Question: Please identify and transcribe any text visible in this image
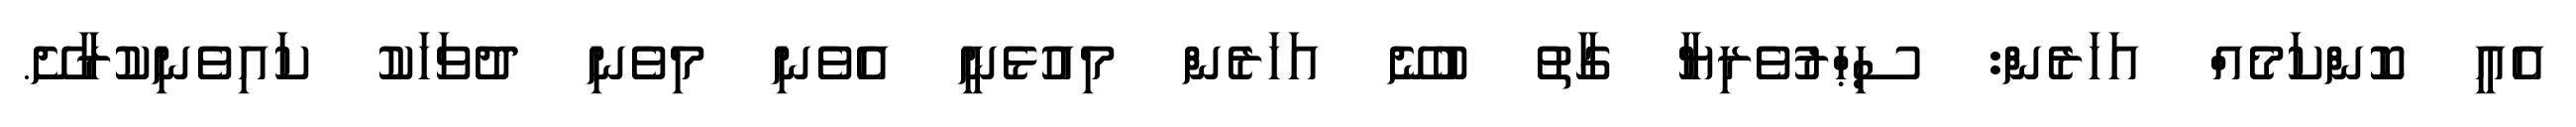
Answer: އެއީ ކޮންކަމެއް އަހަރެން: ސިޙްރުވެރިޔާ ގާތު ބުނޭ އަހަރެން މިއުޅެނީ އެވެނި މިވެނި ދުވަހަކު ކައިވެނިކުރާށޭ.